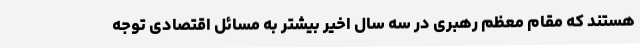
هستند که مقام معظم رهبری در سه سال اخیر بیشتر به مسائل اقتصادی توجه